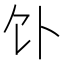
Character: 𬲥